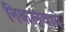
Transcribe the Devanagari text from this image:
निकलवाये